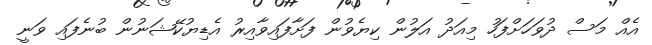
އެއް މަސް ދުވަހަށްފަހު މިއަދު އަލުން ކިޔެވުން ފަށާފައިވާއިރު އެޑިޔުކޭޝަނުން ބުނެފައި ވަނީ